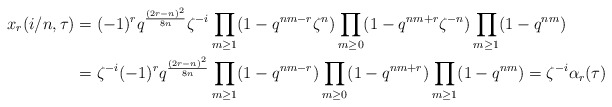
\begin{align*}x_r(i/n,\tau)&=(-1)^r q^{\frac{(2r-n)^2}{8n}} \zeta^{-i}\prod_{m \geq 1}(1-q^{nm-r}\zeta^n)\prod_{m \geq 0}(1-q^{nm+r}\zeta^{-n})\prod_{m \geq 1}(1-q^{nm})\\&=\zeta^{-i}(-1)^r q^{\frac{(2r-n)^2}{8n}}\prod_{m \geq 1}(1-q^{nm-r})\prod_{m \geq 0}(1-q^{nm+r})\prod_{m \geq 1}(1-q^{nm})=\zeta^{-i} \alpha_r(\tau)\end{align*}